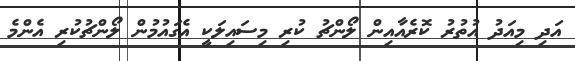
އަދި މިއަދު އުތުރު ކޮރެއާއިން ލޯންޗު ކުރި މިސައިލަކީ އެގައުމުން ލޯންޗުކުރި އެންމެ